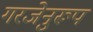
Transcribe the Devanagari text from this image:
गरजेनुरूप